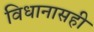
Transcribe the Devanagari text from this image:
विधानासही